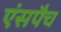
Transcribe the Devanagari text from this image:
एंसपैच